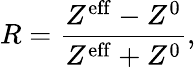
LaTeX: R=\frac{Z^{\mathrm{eff}}-Z^{0}}{Z^{\mathrm{eff}}+Z^{0}},